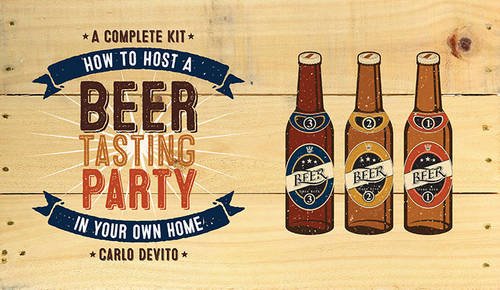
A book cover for How To Host a Beer Tasting Party In Your Own Home: A Complete Kit; Carlo DeVito; Cookbooks, Food & Wine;